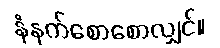
နံနက်စောစောလျှင်။